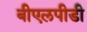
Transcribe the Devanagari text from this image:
बीएलपीडी